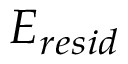
E _ { r e s i d }